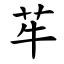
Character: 䒜